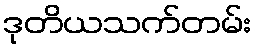
ဒုတိယသက်တမ်း